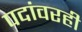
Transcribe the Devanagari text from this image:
पदांवरही